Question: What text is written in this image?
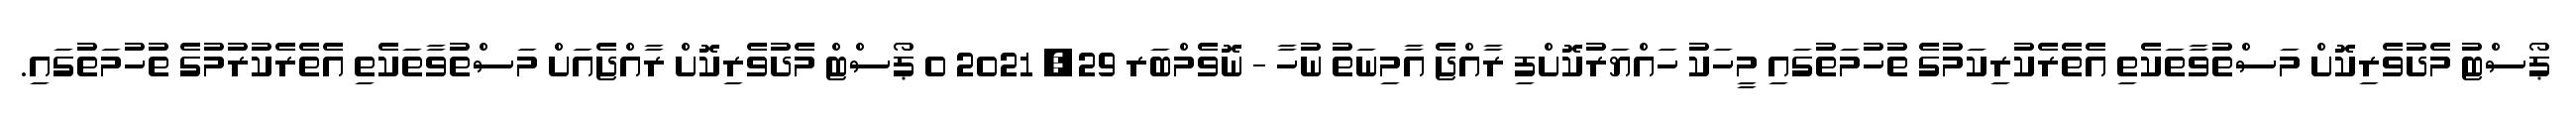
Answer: ޕޯސްޓު މެދުވެރިކޮށް މަސްތުވާތަކެތި އެތެރެކުރިކަމުގެ ތުހުމަތުގައި މީހަކު ހައްޔަރުކޮށްފި ރާއްޖެ އާމިނަތު ނުހާ - ނޮވެމްބަރ 29, 2021 0 ޕޯސްޓް މެދުވެރިކޮށް ރާއްޖެއަށް މަސްތުވާތަކެތި އެތެރެކުރުމުގެ ތުހުމަތުގައި.